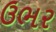
ઉભર